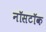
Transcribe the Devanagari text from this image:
नॉसटॉक